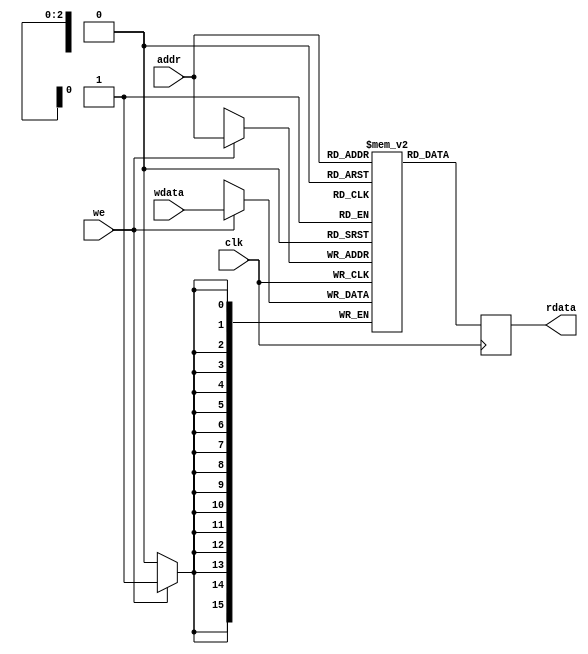
// RAM - Does not instantiate optimally on Altera FPGAs
//
// Copyright 2009, Brian Swetland.  Use at your own risk.

`timescale 1ns/1ns

module syncram #(parameter DWIDTH=16, parameter AWIDTH=3) (
	input clk, input we,
	input [AWIDTH-1:0] addr,
	input [DWIDTH-1:0] wdata,
	output reg [DWIDTH-1:0] rdata
	);

reg [DWIDTH-1:0] R[0:2**AWIDTH-1];

always @ (posedge clk) begin
	if (we)
		R[addr] <= wdata;
	rdata <= R[addr];
end

endmodule